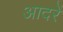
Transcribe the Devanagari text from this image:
आदरें